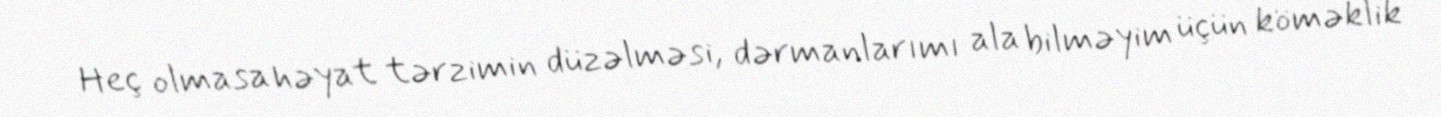
Heç olmasa həyat tərzimin düzəlməsi, dərmanlarımı ala bilməyim üçün köməklik